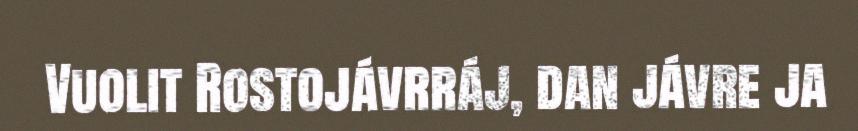
Vuolit Rostojávrráj, dan jávre ja